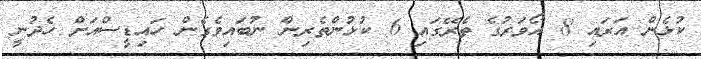
ކުޅެން އަރައި 8 އޯވަރުގެ ތެރޭގައި 6 ކުޅުންތެރިން ނުބައިވެގެން ހައިޑީސްއަށް ހެދުނީ